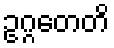
ဥဂ္ဂတေတိ